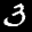
Label: 3